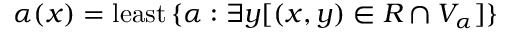
\alpha ( x ) = { \mathrm { l e a s t } } \, \{ \alpha : \exists y [ ( x , y ) \in R \cap V _ { \alpha } ] \}